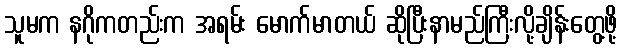
သူမက နဂိုကတည်းက အရမ်း မောက်မာတယ် ဆိုပြီးနာမည်ကြီးလို့ချိန်းတွေ့ဖို့